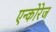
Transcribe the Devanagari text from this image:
एन्कोरेज